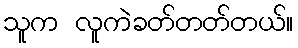
သူက လူကဲခတ်တတ်တယ်။